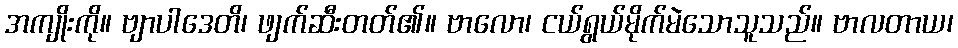
အကျိုးကို။ ဗျာပါဒေတိ၊ ဖျက်ဆီးတတ်၏။ ဗာလော၊ ငယ်ရွယ်မိုက်မဲသောသူသည်။ ဗာလတာယ၊